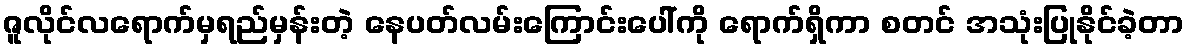
ဇူလိုင်လရောက်မှရည်မှန်းတဲ့ နေပတ်လမ်းကြောင်းပေါ်ကို ရောက်ရှိကာ စတင် အသုံးပြုနိုင်ခဲ့တာ